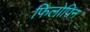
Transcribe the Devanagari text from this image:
फिलोपिन